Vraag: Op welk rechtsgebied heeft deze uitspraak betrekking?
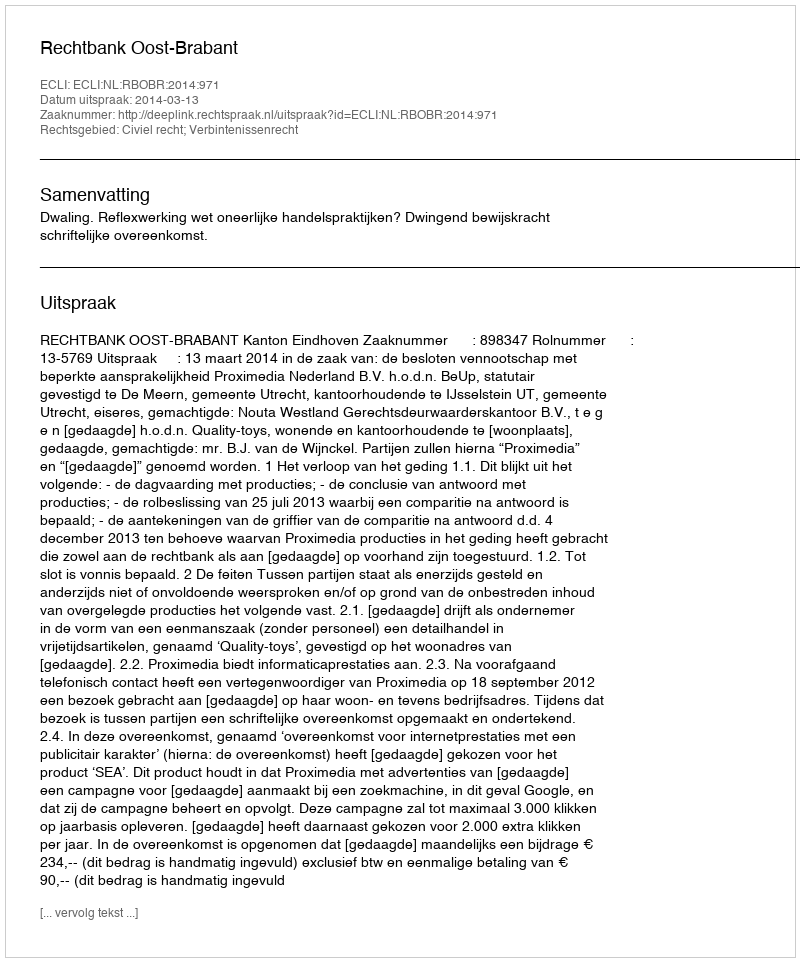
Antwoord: Civiel recht; Verbintenissenrecht